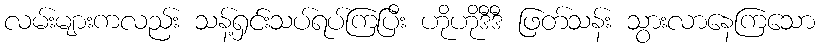
လမ်းများကလည်း သန့်ရှင်းသပ်ရပ်ကြပြီး ဟိုဟိုဒီဒီ ဖြတ်သန်း သွားလာနေကြသော